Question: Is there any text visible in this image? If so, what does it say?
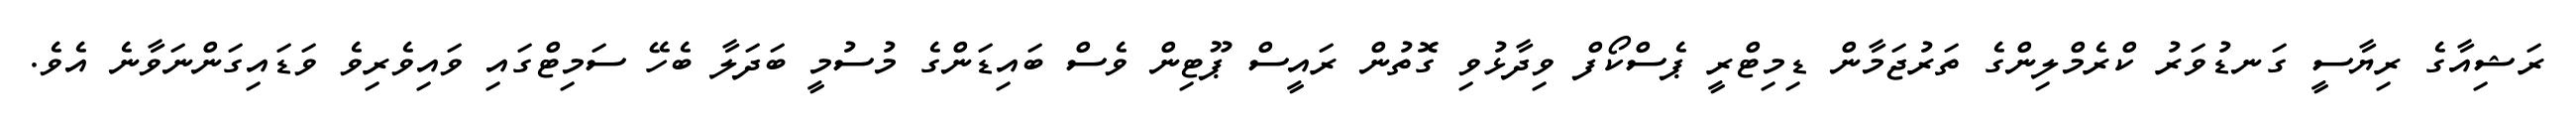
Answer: ރަޝިއާގެ ރިޔާސީ ގަނޑުވަރު ކްރެމްލިންގެ ތަރުޖަމާން ޑިމިޓްރީ ޕެސްކޯފް ވިދާޅުވި ގޮތުން ރައީސް ޕޫޓިން ވެސް ބައިޑަންގެ މުސުމީ ބަދަލާ ބެހޭ ސަމިޓްގައި ވައިވެރިވެ ވަޑައިގަންނަވާނެ އެވެ.